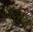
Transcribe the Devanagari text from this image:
पूर्वपुरूषों